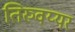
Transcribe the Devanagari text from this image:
तिरुवय्यर